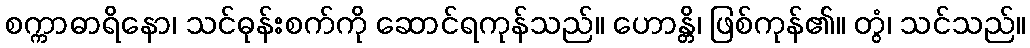
စက္ကာဓာရိနော၊ သင်ဓုန်းစက်ကို ဆောင်ရကုန်သည်။ ဟောန္တိ၊ ဖြစ်ကုန်၏။ တွံ၊ သင်သည်။